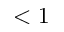
< 1